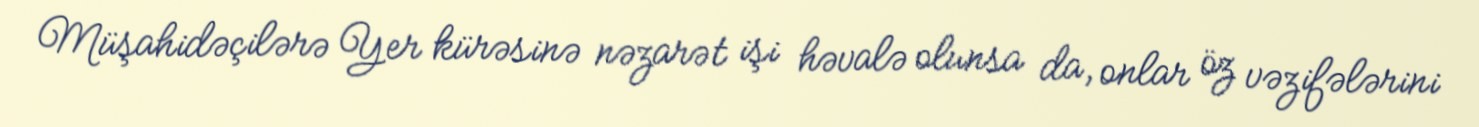
Müşahidəçilərə Yer kürəsinə nəzarət işi həvalə olunsa da, onlar öz vəzifələrini